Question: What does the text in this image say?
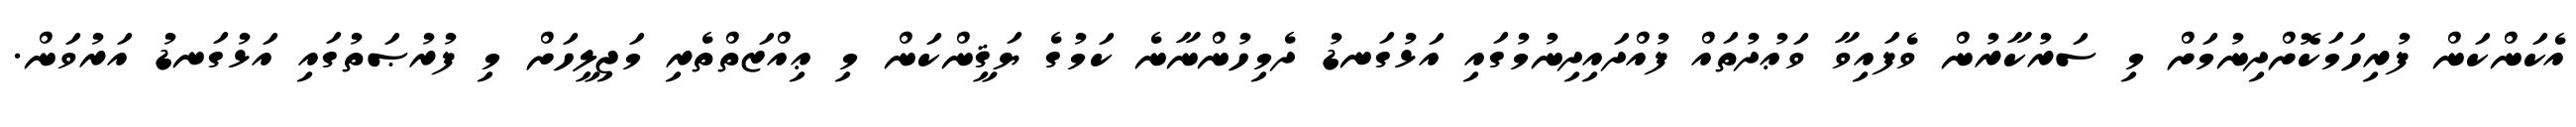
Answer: އެކަންކަން ފުރިހަމަކޮށްދިނުމަށް މި ސަރުކާރުން ވެފައިވާ ވަޢުދުތައް ފުއްދައިދިނުމުގައި އަޅުގަނޑު ދެމިހުންނާނެ ކަމުގެ ޔަޤީންކަން މި ޢިއްޒަތްތެރި މަޖިލީހަށް މި ފުރުޞަތުގައި އަޅުގަނޑު އަރުވަން.